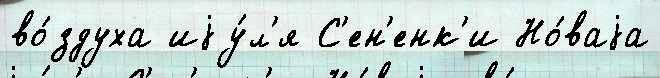
во́здуха иjу́л'я С'ен'енк'и Но́ваjа